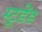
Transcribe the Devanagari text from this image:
स्टूडेंड